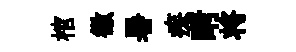
棺徽暑疾睛将